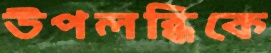
উপলব্ধিকে